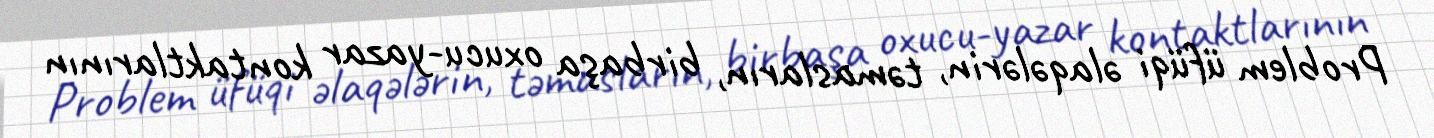
Problem üfüqi əlaqələrin, təmasların, birbaşa oxucu-yazar kontaktlarının